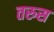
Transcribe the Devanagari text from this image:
तरुस